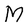
Character: M